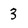
Character: 3